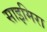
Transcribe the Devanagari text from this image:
साइमिरा